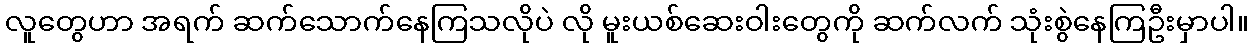
လူတွေဟာ အရက် ဆက်သောက်နေကြသလိုပဲ လို မူးယစ်ဆေးဝါးတွေကို ဆက်လက် သုံးစွဲနေကြဦးမှာပါ။